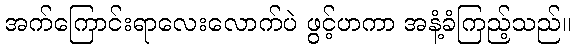
အက်ကြောင်းရာလေးလောက်ပဲ ဖွင့်ဟကာ အနံ့ခံကြည့်သည်။